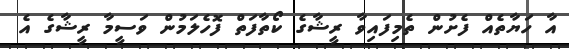
އާ ހަޔާތެއް ފެށުން ތެމިފައިވާ ރީޝާގެ ކޯތާފަަތް ފޮހެލަމުން ވަސީމާ ރީޝާގެ އެ